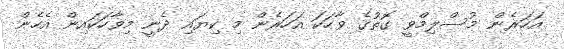
އަހަރެން މުސްލިމްވީ ގޮތުގެ ވާހަކަ އަހަރެން މި ކިޔައި ދެނީ މިވާހަކައިން އެހެން